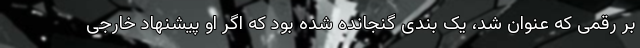
بر رقمی که عنوان شد، یک بندی گنجانده شده بود که اگر او پیشنهاد خارجی